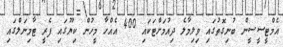
އެމްޓީސީސީން ބުނިގޮތުގައި ވިލިމާލެ ދިއުމަށްޓަކައި 400 އެއްހާ މީހުން ކިޔޫގައި ފެރީ ޓާމިނަލްގައި